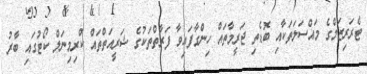
ޓެރަރިޒަމްގެ މައްސަލަތަކާއި ބޮޑެތި ޖަރީމާތައް ހިންގާފައިވާ ފަރާތްތަކުގެ ޝަރީއަތްތައް ކްރިމިނަލް ކޯޓުގައި ބާރު